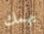
يهمك